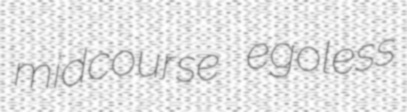
midcourse egoless